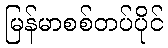
မြန်မာစစ်တပ်ပိုင်